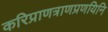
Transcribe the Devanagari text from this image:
करिप्राणत्राणप्रणयिनि